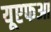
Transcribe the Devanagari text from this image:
यूएफआ